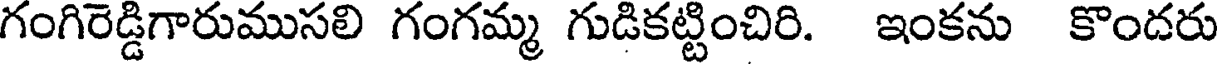
గంగిరెడ్డిగారుముసలి గంగమ్మ గుడికట్టించిరి. ఇంకను కొందరు